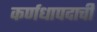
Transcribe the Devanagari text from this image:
कर्णधापदाची